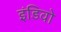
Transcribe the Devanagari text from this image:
इंडिवो